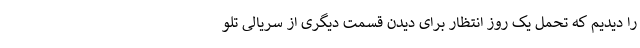
را دیدیم که تحمل یک روز انتظار برای دیدن قسمت دیگری از سریالی تلو